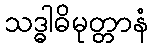
သဒ္ဓါဓိမုတ္တာနံ